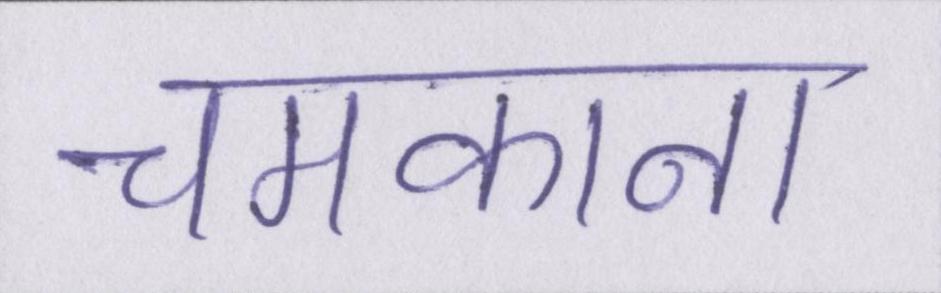
चमकाना